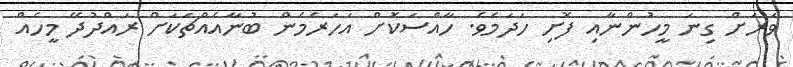
ވަރަށް ގިނަ މީހުންނާއި ފޮށި ހަދަމެވެ. ހާއްސަކޮށް އަހަރެމެން ބުނާއެއްޗަކަށް ރައްދުދޭ މީހެއް